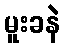
မူးခနဲ